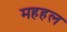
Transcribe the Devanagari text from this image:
महहल